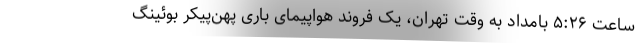
ساعت ۵:۲۶ بامداد به وقت تهران، یک فروند هواپیمای باری پهن‌پیکر بوئینگ